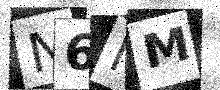
Text: N6MM